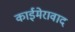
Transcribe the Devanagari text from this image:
काईमेरावाद